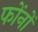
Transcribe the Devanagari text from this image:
फोंनों